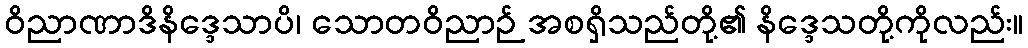
ဝိညာဏာဒိနိဒ္ဒေသာပိ၊ သောတဝိညာဉ် အစရှိသည်တို့၏ နိဒ္ဒေသတို့ကိုလည်း။